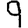
Digit: 9